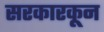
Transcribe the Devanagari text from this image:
सरकारकून